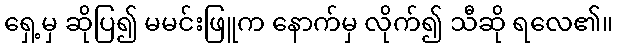
ရှေ့မှ ဆိုပြ၍ မမင်းဖြူက နောက်မှ လိုက်၍ သီဆို ရလေ၏။